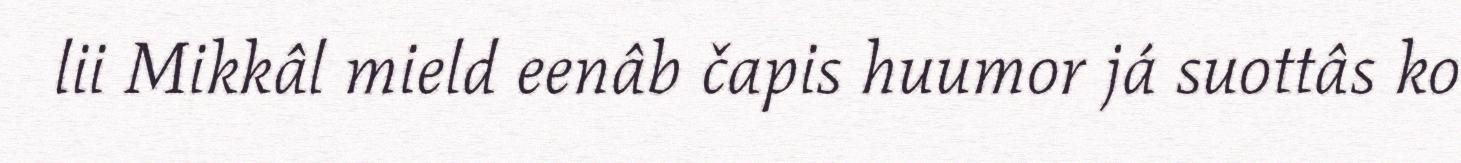
lii Mikkâl mield eenâb čapis huumor já suottâs ko